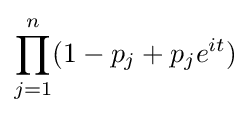
\prod \limits _{j=1}^{n}(1-p_{j}+p_{j}e^{it})